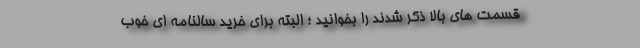
قسمت های بالا ذکر شدند را بخوانید ؛ البته برای خرید سالنامه ای خوب